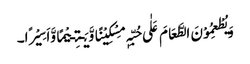
وَیُطْعِمُوْنَ الطَّعَامَ عَلٰی حُبِّہٖ مِسْکِیْنًا وَّیَـتِـیْمًا وَّاَسِیْرًا۔